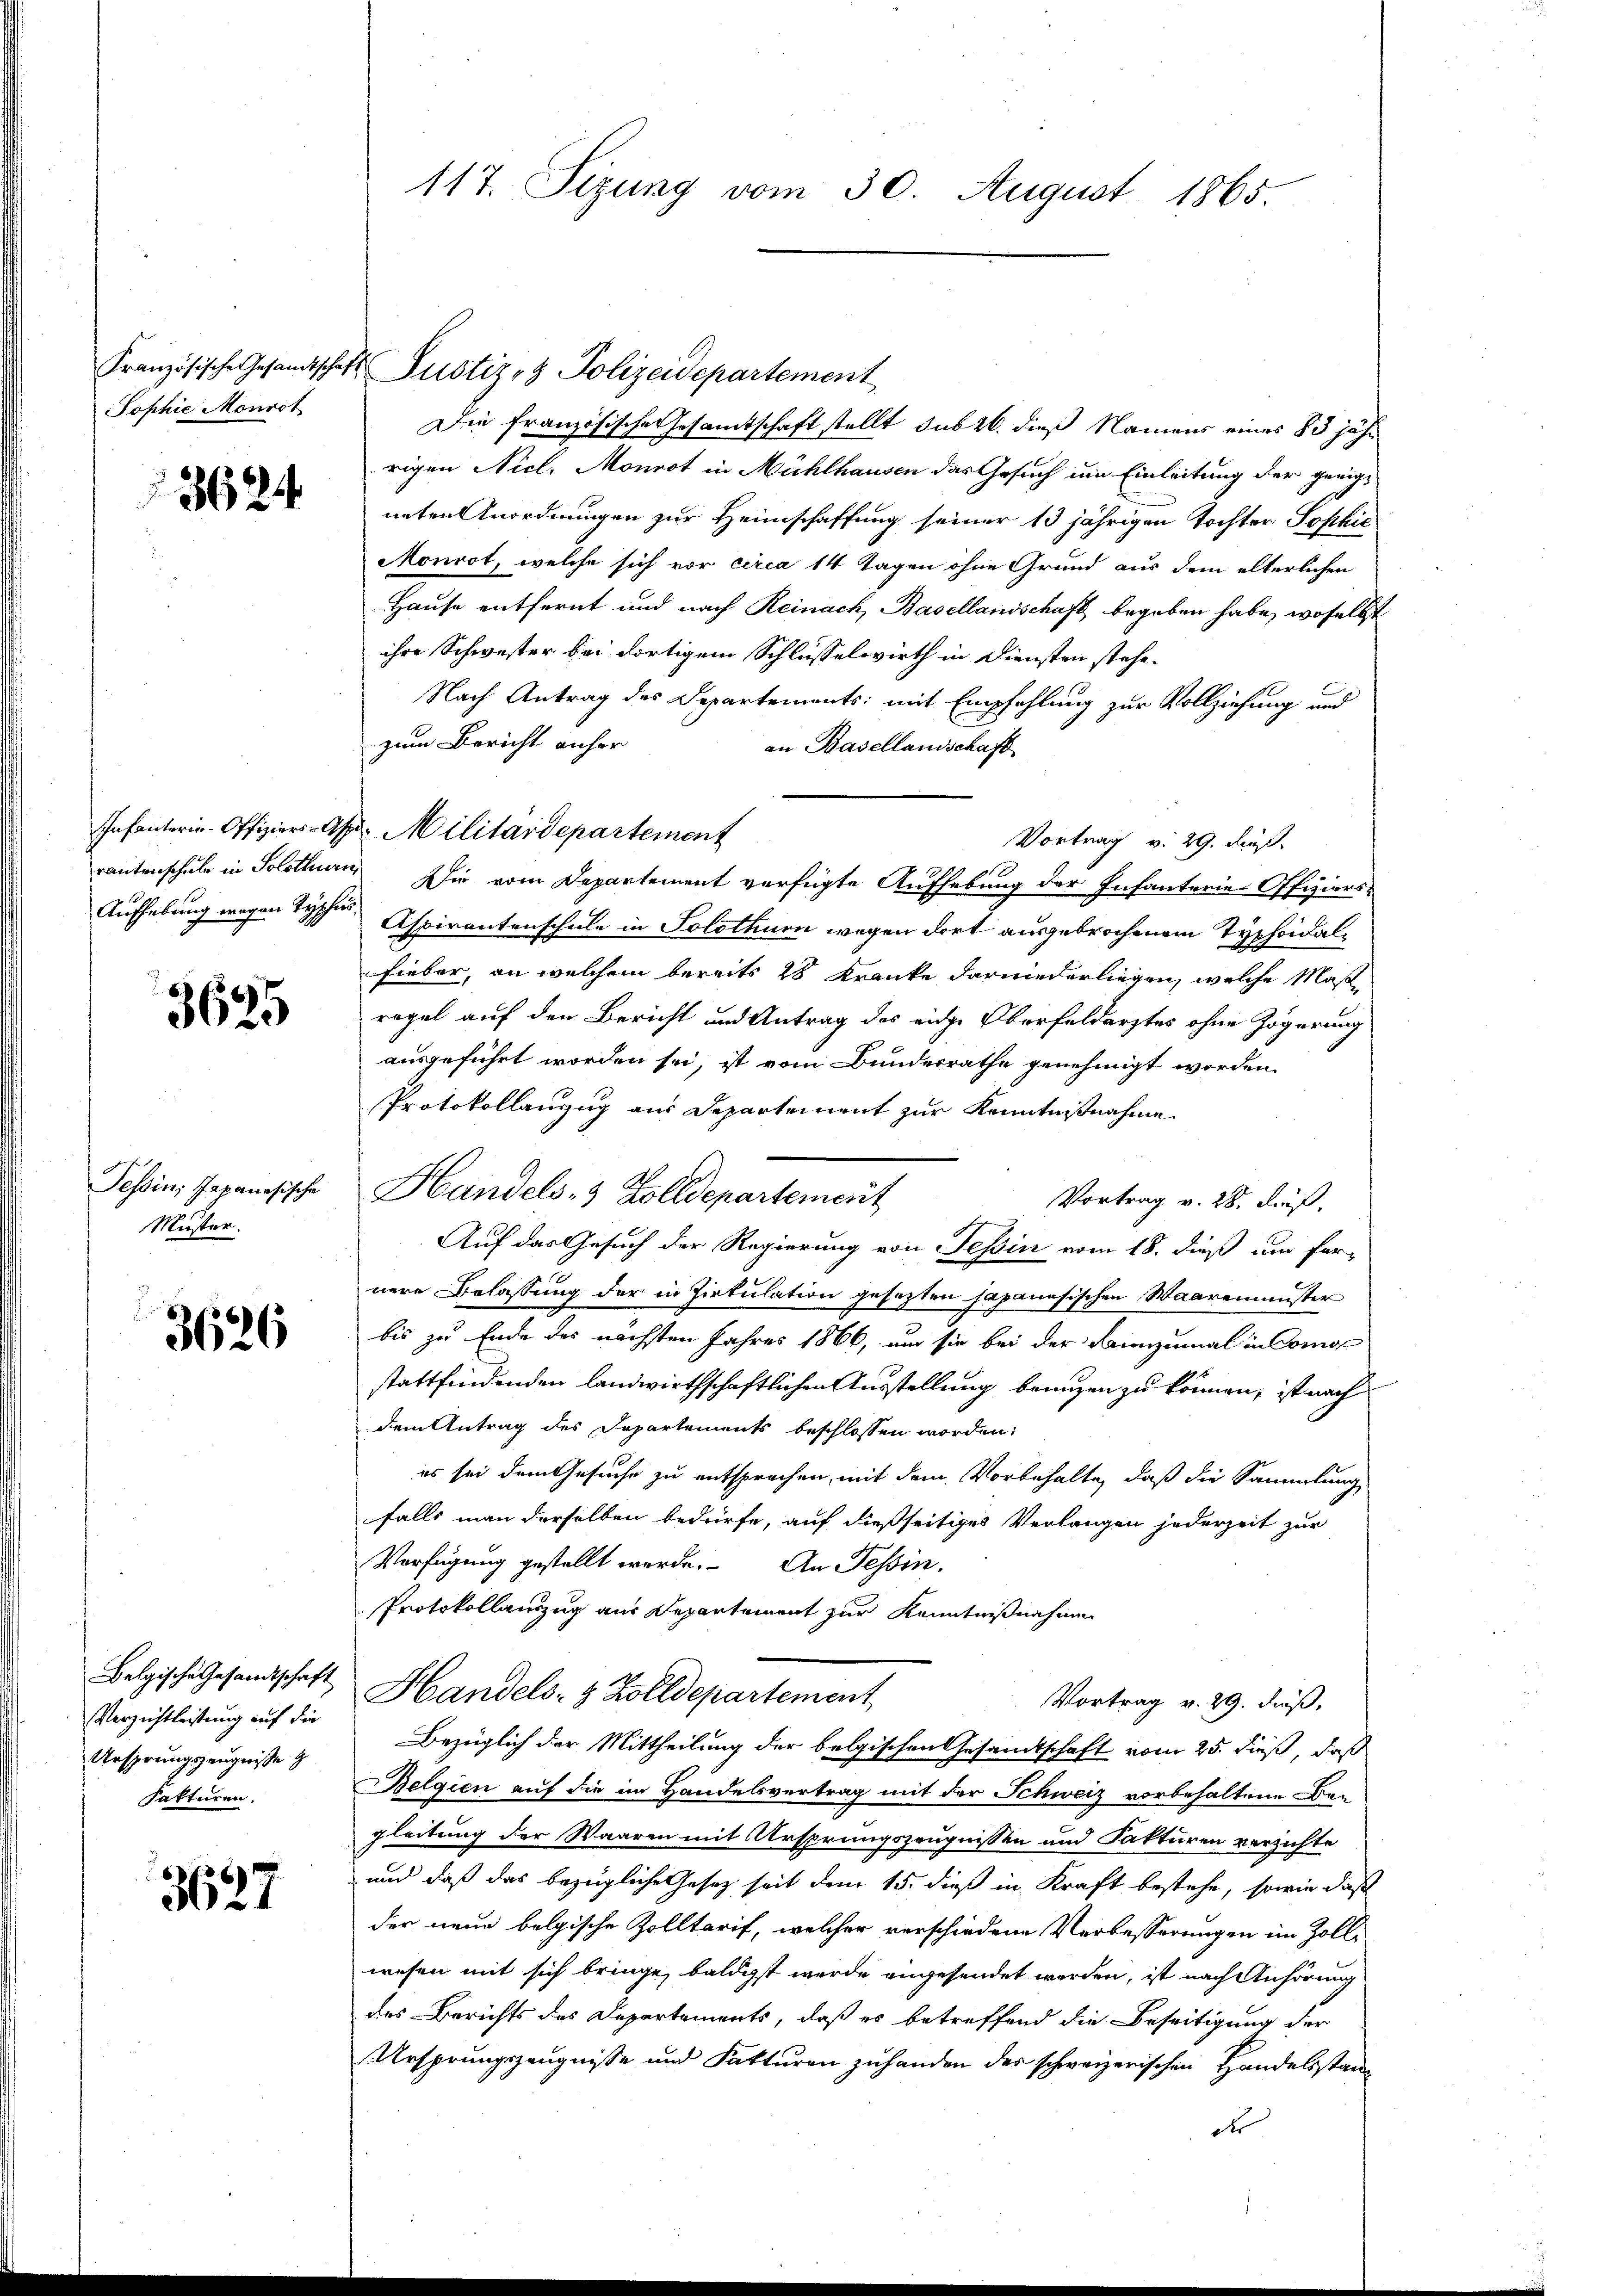
Sophie Monrot

3624

3625

Tessin, Japanesische
Muster.

3626

Belgische Gesandtschaft
Verzichtleistung auf die
Ursprungszeugnisse
Sakturen.

3627

117. Sizung vom 30. August 1865.

Die französische Gesamtschaft stellt sub 26. dieß Namens eines 83 jähr
rigen Nicl. Monrot in Mühlhausen das Gesuch um Einleitung der geeigneten Anordnungen zur Heimschaffung seiner 13 jährigen Tochter Sophic
Monrot, welche sich vor circa 14 Tagen ohne Grund aus dem elterlichen
Hause entfernt und nach Reinach, Basellandschaft begeben habe, woselbst
ihre Schwester bei dortigem Schlüsselwirth in Diensten stehe.
Nach Antrag des Departements: mit Empfehlung zur Vollziehung und
zum Bericht anher
an Basellandschaft
Infanterin. Offizier-As Militärdepartement
Vortrag v. 29. di
Aufhebung wegen der Aspirantenschule in Solothurn wegen dort ausgebrochenem Typhoidalfieber, an welchem bereits 28 Kranke darniederliegen, welche Maße
regel auf den Bericht und Antrag des eidge Oberfeldarztes ohne Zögerung
ausgeführt worden sei, ist vom Bundesrathe genehmigt worden.
Protokollanzug aus Departement zur Kenntnißnahme
Handels- & Zolldepartement
Vortrag v. 28. Fuß.
Auf das Gesuch der Regierung von Tessin vom 18. dieß um fer-
nere Belassung der in Zirkulation gesetzten Japanesischen Waaremeister
bis zu Ende des nächsten Jahres 1866, und sie bei der Lannzumal in Como
stattfindenden landwirthschaftlichen Ausstellung bringen zu können, ist nach
dem Antrag des Departements beschlossen worden,
es sei dem Gesuche zu entsprochen, mit dem Vorbehalte, daß die Sammlung,
falls man derselben bedürfe, auf dießseitiges Verlangen jederzeit zur
Verfügung gestellt werde. An Tessin,
Protokollauszug aus Departement zur Kenntnißnahmen
Handels- & Zolldepartement
Vortrag v. 29. dieß,
Bezüglich der Mittheilung der belgischen Gesandtschaft vom 25. dieß, daß
Belgien auf die im Handelsvertrag mit der Schweiz vorbehaltene Begleitung der Waaren mit Ursprungszeugnissen und Fakturen verzichte
und daß das bezügliche Gesetz seit dem 15. dieß in Kraft bestehe, sowie daß
der neue belgische Zolltarif, welcher verschiedene Verbesserungen im Zollwesen mit sich bringe, baldigst werde angesendet worden, ist nach Anhörung
des Berichts des Departements, daß es betreffend die Beseitigung der
Ursprungszeugnisse und Fakturen zuhanden der schweizerischen Handelsstander

Französische Gesandtschaft Zustiz- & Polizeidepartement

rautenschule in Solothurn, Wir vom Departement verfügte Aufhebung der Infanterie-Offiziers-